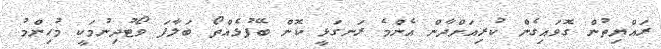
ރައްޔިތުން ގޮވައިގެން ކުރިއަށްދާން އެންމެ ރަނގަޅީ ކޮން ބޭފުޅެއްތޯ ބަލާފަ ވޯޓުދިނުމަކީ މުހިންމު